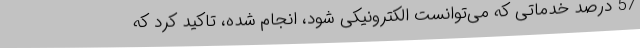
57 درصد خدماتی که می‌توانست الکترونیکی شود، انجام شده، تاکید کرد که